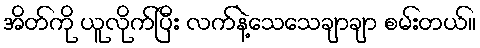
အိတ်ကို ယူလိုက်ပြီး လက်နဲ့သေသေချာချာ စမ်းတယ်။